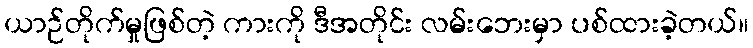
ယာဉ်တိုက်မှုဖြစ်တဲ့ ကားကို ဒီအတိုင်း လမ်းဘေးမှာ ပစ်ထားခဲ့တယ်။